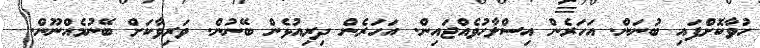
ހުވާކޮށްފައި ބުނަން. އަހަރެން އިސްލާހުވެއްޖައިން. އަހަރެން ދިރިއުޅެން ބޭނުން. ވަރިވާކަށް ބޭނުމެއްނޫން.